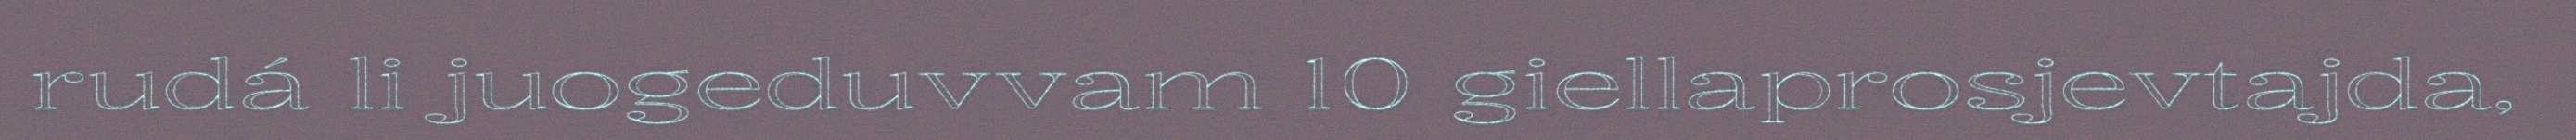
rudá li juogeduvvam 10 giellaprosjevtajda,